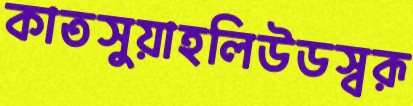
কাতসুয়াহলিউডস্বরূ